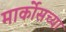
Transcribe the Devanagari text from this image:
मार्कोसच्या